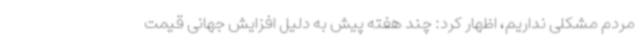
مردم مشکلی نداریم، اظهار کرد: چند هفته پیش به دلیل افزایش جهانی قیمت